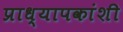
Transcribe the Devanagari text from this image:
प्राध्यापकांशी